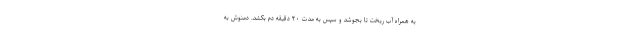
به همراه آب ریخت تا بجوشد و سپس به مدت ۲۰ دقیقه دم بکشد. دمنوش به